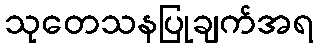
သုတေသနပြုချက်အရ